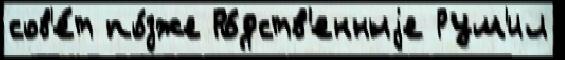
сов'е́т по́зже Ро́дств'енныjе Рум'ил